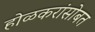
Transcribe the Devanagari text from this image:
होळकरांसोबत